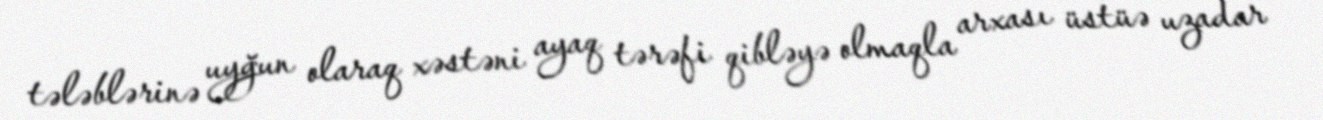
tələblərinə uyğun olaraq xəstəni ayaq tərəfi qibləyə olmaqla arxası üstüə uzadar